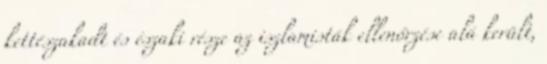
kettészakadt és északi része az iszlamisták ellenőrzése alá került,